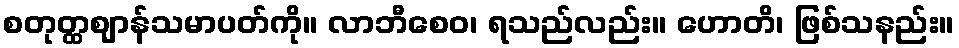
စတုတ္ထဈာန်သမာပတ်ကို။ လာဘီစေဝ၊ ရသည်လည်း။ ဟောတိ၊ ဖြစ်သနည်း။